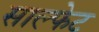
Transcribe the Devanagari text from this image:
साल्फेट